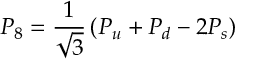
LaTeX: P _ { 8 } = { \frac { 1 } { \sqrt 3 } } \left( P _ { u } + P _ { d } - 2 P _ { s } \right)